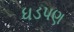
ધડપણ